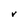
Character: V